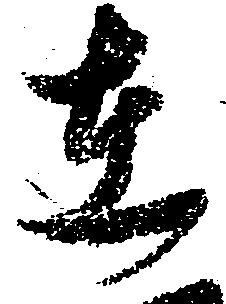
在